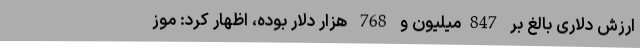
ارزش دلاری بالغ بر 847میلیون و 768 هزار دلار بوده، اظهار کرد: موز